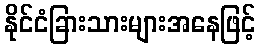
နိုင်ငံခြားသားများအနေဖြင့်